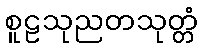
စူဠသုညတသုတ္တံ